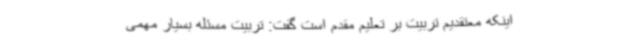
اینکه معتقدیم تربیت بر تعلیم مقدم است گفت: تربیت مسئله بسیار مهمی